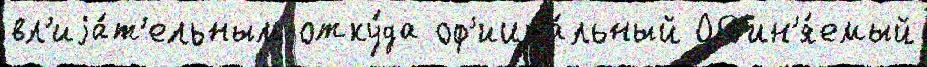
вл'иjа́т'ельным отку́да оф'ициа́льный Обв'ин'я́емый